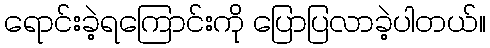
ရောင်းခဲ့ရကြောင်းကို ပြောပြလာခဲ့ပါတယ်။